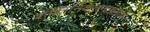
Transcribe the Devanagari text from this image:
शांतिनिकेतनाप्रमाणे